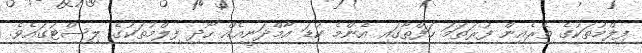
ފިލްމުތަކުގެ ތެރެއިން ފުރަތަމަ ހަފްތާގައި އެންމެ ކުޑަ އާމްދަނީއެއް ހޯދި ފިލްމުތަކުގެ ލިސްޓުގައެވެ.